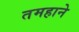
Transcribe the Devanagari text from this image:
तमहाने